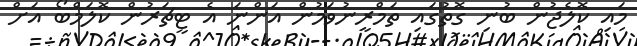
މައި ކޮލެޖުން ބުނި ގޮތުގައި ތަމްރީނުވަމުން އަންނަ އެ ޓީޗަރުން ކޮލަމްބޯ އަށް